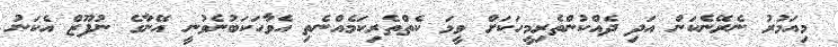
މިއަމުރު ނެރޭނެކަން އަދި ދެއްކުންތެރިމީހަކަށް ވީމަ ކެތްތެރިކަމެއްނެތި އެވާހަކަބުނެވުނީ އޭނާގެ ނުފޫޒް އެކަނު